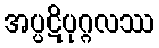
အပ္ပဋိပုဂ္ဂလဿ